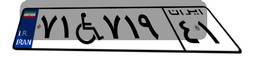
۷۱W۷۱۹۴۱